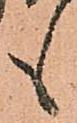
も